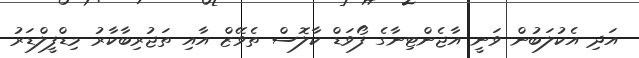
އަދި އެކުލަބުން ވަނީ އާޖެންޓިނާގެ ފޯވަޑް ކާލޮސް ތެވޭޒް އާއި ތަޖުރިބާކާރު މިޑްފީލްޑަރު